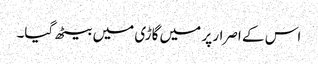
اس کے اصرار پر میں گاڑی میں بیٹھ گیا۔